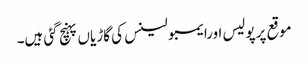
موقع پرپولیس اورایمبولینس کی گاڑیاں پہنچ گئی ہیں۔